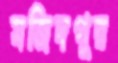
মজিদপুর